Indian journal of veterinary science and animal husbandry - Volume 8,
Year: 1938
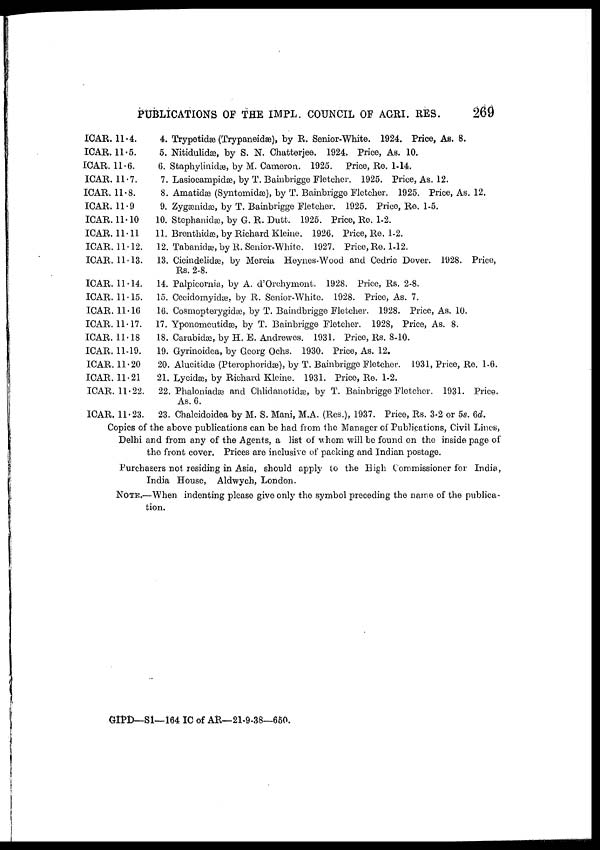
PUBLICATIONS OF THE IMPL COUNCIL OF AGRI. RES.
269
ICAR. 11.4.
ICAR. 11.5.
ICAR. 11.6.
ICAR. 11.7.
ICAR. 11.8.
ICAR. 11.9
ICAR. 11.10
ICAR. 11.11
ICAR. 11.12.
ICAR. 11.13.
ICAR. 11.14.
ICAR. 11.15.
ICAR. 11.16
ICAR. 11.17.
ICAR. 11.18
ICAR. 11.19.
ICAR. 11.20
ICAR. 11.21
ICAR. 11.22.
ICAR. 11.23.
4. Trypetidæ (Trypaneidæ), by R. Senior-White. 1924. Price, As. 8.
5. Nitidulidæ, by S. N. Chatterjee. 1924. Price, As. 10.
6. Staphylinidæ, by M. Cameron. 1925. Price, Re. 1-14.
7. Lasiocampidæ, by T. Bainbrigge Fletcher. 1925. Price, As. 12.
8. Amatidæ (Syntomidæ), by T. Bainbrigge Fletcher. 1925. Price, As. 12.
9. Zygænidæ, by T. Bainbrigge Fletcher. 1925. Price, Re. 1-5.
10. Stephanidæ, by G. R. Dutt. 1925. Price, Re. 1-2.
11. Brenthidæ, by Richard Kleine. 1926. Price, Re. 1-2.
12. Tabanidæ, by R. Senior-White. 1927. Price, Re. 1-12.
13. Cicindelidæ, by Mercia Heynes-Wood and Cedric Dover. 1928. Price,
Rs. 2-8.
14. Palpicornia, by A. d'Orchymont. 1928. Price, Rs. 2-8.
15. Cecidomyidæ, by R. Senior-White. 1928. Price, As. 7.
16. Cosmopterygidæ, by T. Baindbrigge Fletcher. 1928. Price, As. 10.
17. Yponomeutidæ, by T. Bainbrigge Fletcher. 1928, Price, As. 8.
18. Carabidæ, by H. E. Andrewes. 1931. Price, Rs. 8-10.
19. Gyrinoidea, by Georg Ochs. 1930. Price, As. 12.
20. Alucitidæ (Pterophoridæ), by T. Bambrigge Fletcher. 1931, Price, Re. 1-6.
21. Lycidæ, by Richard Kleine. 1931. Price, Re. 1-2.
22. Phaloniadæ and Chlidanotidæ, by T. Bainbrigge Fletcher. 1931. Price.
As. 6.
23. Chalcidoidea by M. S. Mani, M.A. (Res.), 1937. Price, Rs. 3-2 or 5s. 6d.
Copies of the above publications can be had from the Manager of Publications, Civil Lines,
Delhi and from any of the Agents, a list of whom will be found on the inside page of
the front cover. Prices are inclusive of packing and Indian postage.
Purchasers not residing in Asia, should apply to the High Commissioner for India,
India House, Aldwych, London.
NOTE.—When indenting please give only the symbol preceding the name of the publica-
tion.
GIPD—S1—164 IC of AR— 21-9-38—650.